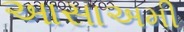
આસાઅમી